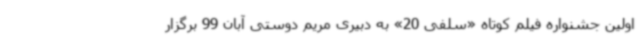
اولین جشنواره فیلم کوتاه «سلفی 20» به دبیری مریم دوستی آبان 99 برگزار